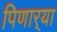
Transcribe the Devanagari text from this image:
पिणार्‍या